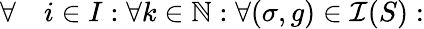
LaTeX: \begin{array}{rl}{\forall}&{{}i\in I:\forall k\in\mathbb{N}:\forall(\sigma,g)\in\mathcal{I}(S):}\end{array}